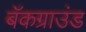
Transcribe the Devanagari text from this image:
बॅकग्राउंड